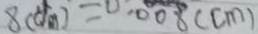
8 ( d m ) = 0 . 0 0 8 ( c m )